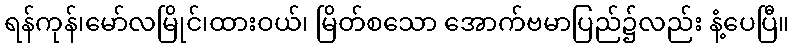
ရန်ကုန်၊မော်လမြိုင်၊ထားဝယ်၊ မြိတ်စသော အောက်ဗမာပြည်၌လည်း နံ့ပေပြီ။